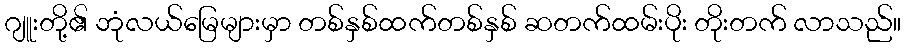
ဂျူးတို့၏ ဘုံလယ်မြေများမှာ တစ်နှစ်ထက်တစ်နှစ် ဆတက်ထမ်းပိုး တိုးတက် လာသည်။